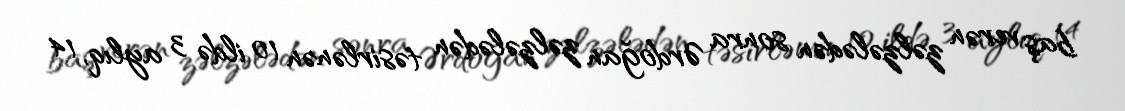
baş verən zəlzələdən sonra Ərdoğan zəlzələdən təsirlənən 10 ildə 3 aylıq, 14